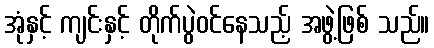
အုံနှင့် ကျင်းနှင့် တိုက်ပွဲဝင်နေသည့် အဖွဲ့ဖြစ် သည်။